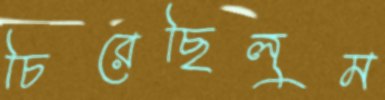
চিরেছিলুম